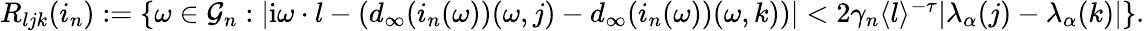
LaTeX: \begin{array}{r}{R_{ljk}(i_{n}):=\left\{ \omega\in\mathcal{G}_{n}:|\mathrm{i}\omega\cdot l-(d_{\infty}(i_{n}(\omega))(\omega,j)-d_{\infty}(i_{n}(\omega))(\omega,k))|<2\gamma_{n}\langle l\rangle^{-\tau}|\lambda_{\alpha}(j)-\lambda_{\alpha}(k)|\right\} .}\end{array}